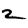
Digit: 2